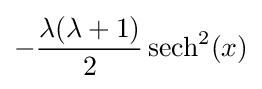
-{\frac {\lambda (\lambda +1)}{2}}\operatorname {sech} ^{2}(x)